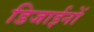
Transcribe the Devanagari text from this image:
डिजाईनों